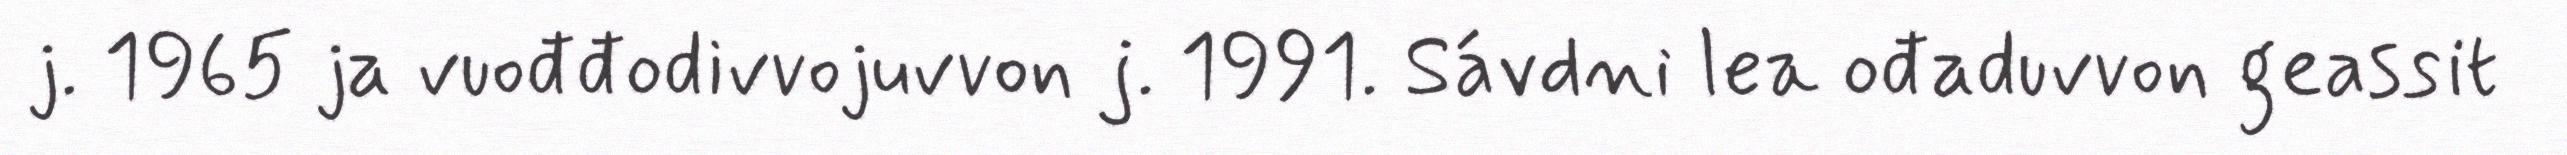
j. 1965 ja vuođđodivvojuvvon j. 1991. Sávdni lea ođaduvvon geassit